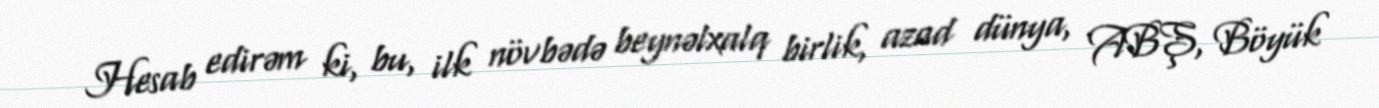
Hesab edirəm ki, bu, ilk növbədə beynəlxalq birlik, azad dünya, ABŞ, Böyük